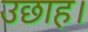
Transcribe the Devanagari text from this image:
उछाह।